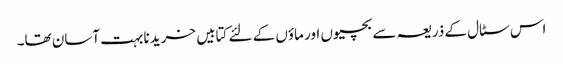
اس سٹال کے ذریعہ سے بچیوں اور ماؤں کے لئے کتابیں خریدنا بہت آسان تھا۔